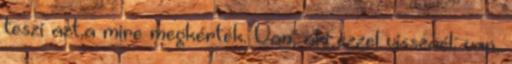
teszi azt,a mire megkérték. Van, aki ezzel visszaél, van,